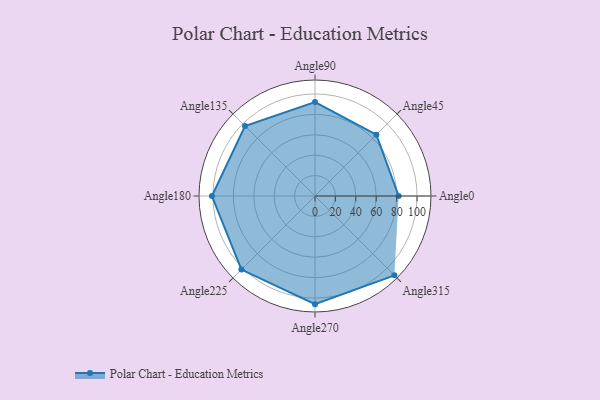
{"axis": {"x": "Angle", "y": "Radius"}, "legend": [""], "data": [{"x": "Angle0", "y": 82.0, "type": ""}, {"x": "Angle45", "y": 85.0, "type": ""}, {"x": "Angle90", "y": 92.0, "type": ""}, {"x": "Angle135", "y": 97.0, "type": ""}, {"x": "Angle180", "y": 101.0, "type": ""}, {"x": "Angle225", "y": 102.0, "type": ""}, {"x": "Angle270", "y": 106.0, "type": ""}, {"x": "Angle315", "y": 110.0, "type": ""}]}